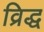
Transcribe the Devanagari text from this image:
व्रिद्ध